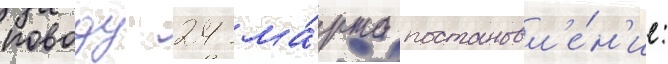
поводу 24 ма́рта постановл'е́н'ие: